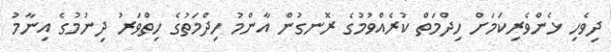
ދިވެހި ޅެންވެރިކަމަށް ހިދްމަތް ކުރެއްވުމުގެ ރޮނގުން އާންމު ހިދްމަތުގެ ހިތްވަރު ދިނުމުގެ އިނާމު